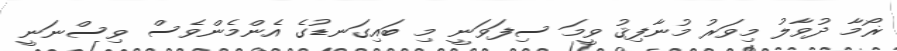
ޜޯމާ ދުވާލު މިވަރު މުނާފިޤު ވީމަ ސިފަވަނީ މި ބައިގަނޑުގެ އެންމެންވެސް ވިސްނަނީ